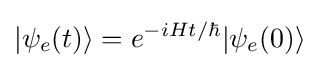
|\psi _{e}(t)\rangle =e^{-iHt/\hbar }|\psi _{e}(0)\rangle